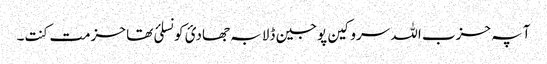
آ پہ حزب اللہ سروکین پوجین ڈلا بہ جھادئ کونسلئ تھا حزمت کنت۔